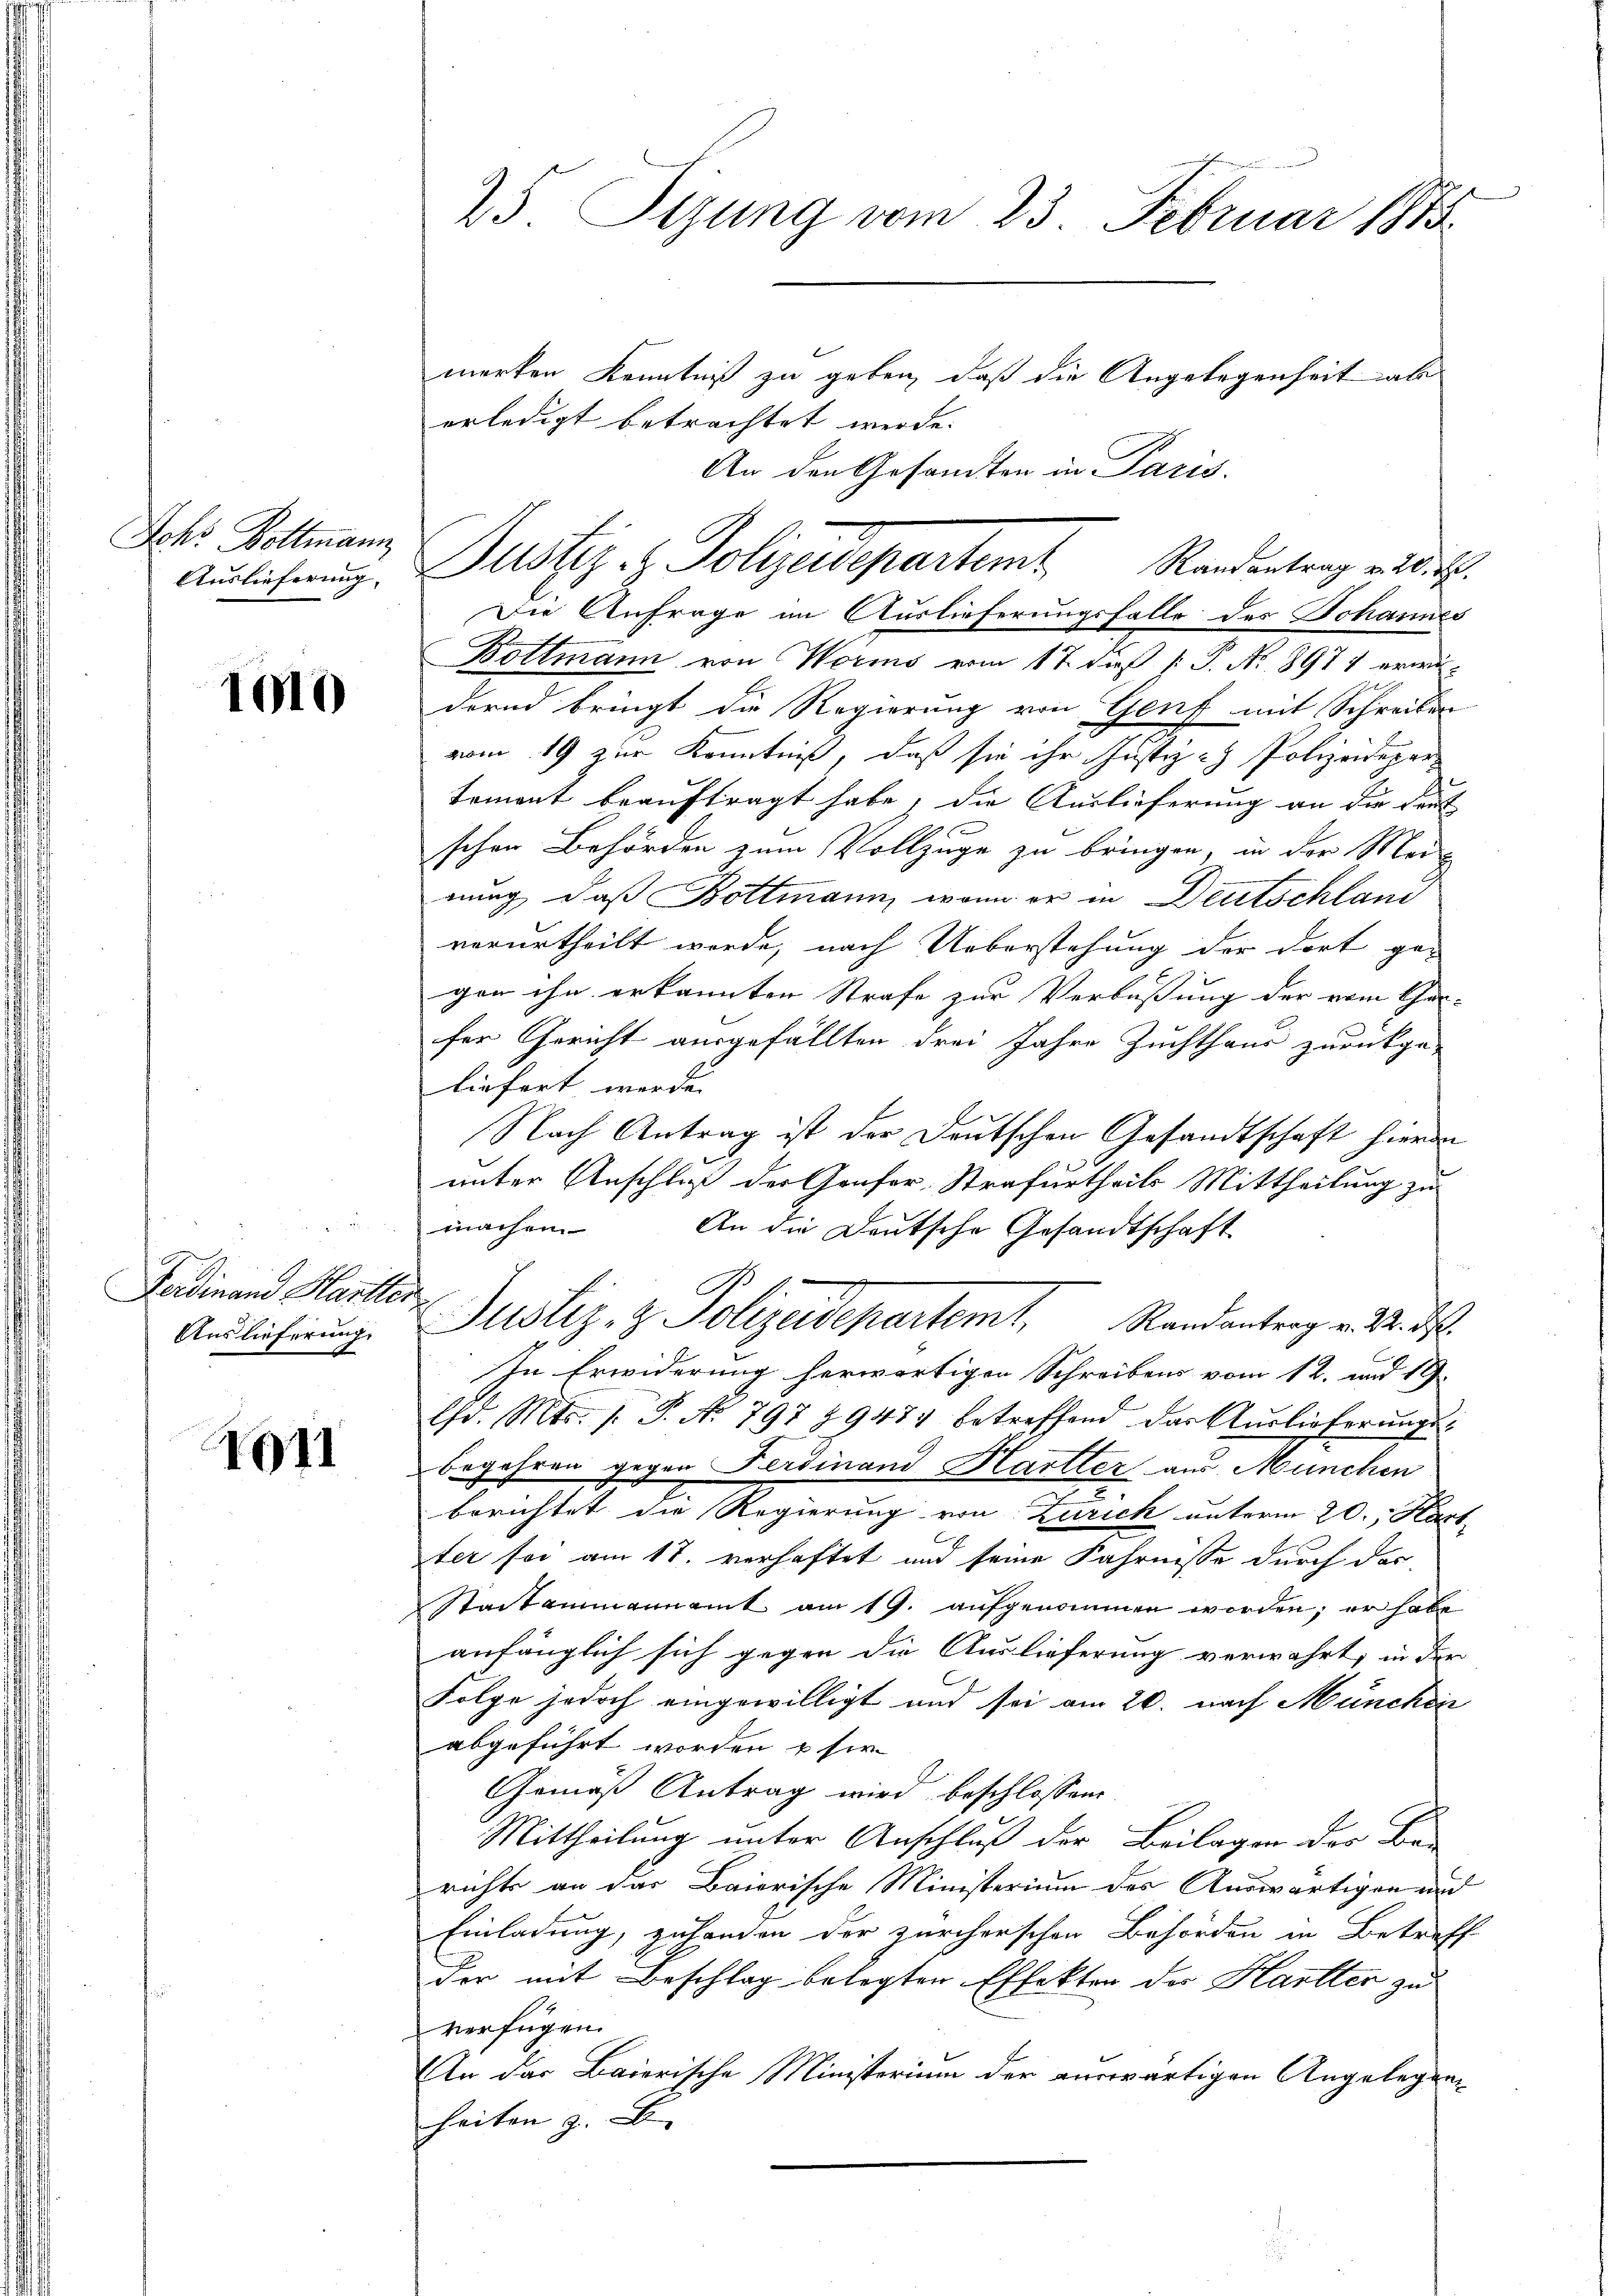
Johs. Bottmann
Auslieferung,

1010

Ferdinand Hartler
Auslieferung

1911

25 Sizung vom 23. Februar 1883.
merken Kenntniß zu geben, daß die Angelegenheit als
erledigt betrachtet werde.

An den Gesandten in Paris.

Die Anfrage im Auslieferungsfalls des Johannes
Bottmann von Worms vom 17. daß P. P. Nr. 8971 erwädernd bringt die Regierung von Genf mit Schreiben
vom 19 zur Kenntniß, daß sie ihr Justiz - Polizeidepartement beauftragt habe, die Auslieferung an die deut-
schen Behörden zum Vollzuge zu bringen, in der Meinung, daß Bottmann, wenn er in Deutschland
verurtheilt worde, nach Ueberstehung der dort ge-
gen ihn erkannten Strafe zur Verbüßung der vom Cen-
fer Gericht ausgefällten drei Jahre Zuchthaus zurückge-
liefert werde.
Nach Antrag ist der Deutschen Gesandtschaft hierin
unter Anschluß der Genfor-Strafurtheils Mittheilung zu
machen
An die Deutsche Gesandtschaft
Justiz, z. Polizeidepartemt. Randantrag v. M. d
In Erwiderung herwärtigen Schreibens vom 12. und 19.
Ed. Mts. 1. P. Nr. 797 89487 betreffend das Aŭslieferŭngs-
begehren gegen Ferdinand Hartler aus München
berichtet die Regierung von Zürich unterm 20., Kart
ter sei am 17. verhaftet und seine Fahrnisse durch der
Stadtammannamt am 19. aŭfgenommen worden; er habe
anfänglich sich gegen die Auslieferung verwahrt, in der
Folge jedoch eingewilligt und sei am 20. nach München
abgeführt worden u sie
Gemäß Antrag wird beschlossen
Mittheilung unter Anschluß der Beilagen der Be-
richts an das Baierische Ministerium des Auswärtigen und
Einladung, zu handen der zürcherschen Behörden in Betreff
der mit Beschlag belegten Effekten der Hartter zu
verfügen.
An das Baierische Ministerium der auswärtigen Angelegenheiten z. B. |

Justiz - Polizeidepartemt. Randertrag endlich